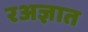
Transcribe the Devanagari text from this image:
रअज्ञात